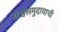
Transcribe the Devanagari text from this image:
अश्वसमुदायाची